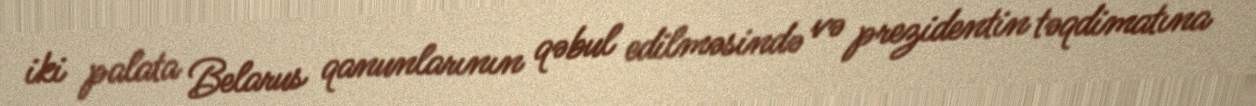
iki palata Belarus qanunlarının qəbul edilməsində və prezidentin təqdimatına